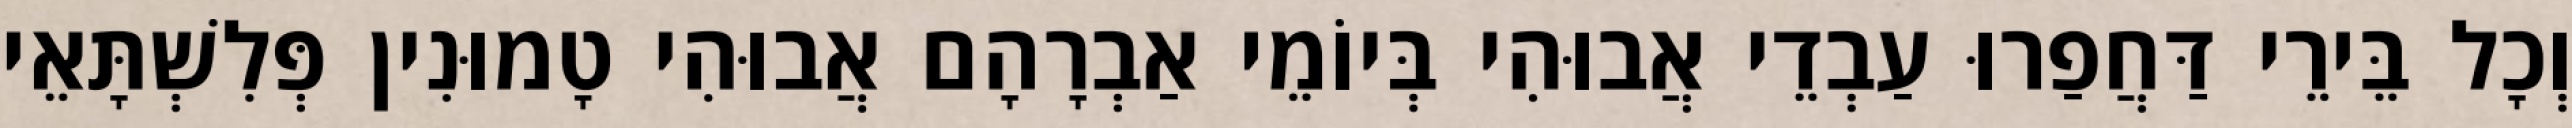
וְכָל בֵּירֵי דַּחֲפַרוּ עַבְדֵי אֲבוּהִי בְּיוֹמֵי אַבְרָהָם אֲבוּהִי טָמוּנִין פְּלִשְׁתָּאֵי